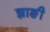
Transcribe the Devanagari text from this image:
झाङी